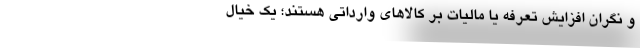
و نگران افزایش تعرفه‌ یا مالیات بر کالاهای وارداتی هستند؛ یک خیال